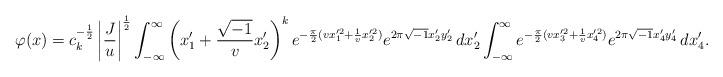
LaTeX: \begin{align*} \varphi(x) = c_k^{-\frac{1}{2}} \left| \frac{J}{u} \right|^{\frac{1}{2}} \int_{-\infty}^\infty \left(x_1' + \frac{\sqrt{-1}}{v} x_2' \right)^k e^{- \frac{\pi}{2}(v x_1'^2 + \frac{1}{v} x_2'^2)} e^{2 \pi \sqrt{-1} x_2'y_2'} \, dx_2' \int_{-\infty}^\infty e^{- \frac{\pi}{2}(v x_3'^2 + \frac{1}{v} x_4'^2)} e^{2 \pi \sqrt{-1} x_4'y_4'} \, dx_4'.\end{align*}